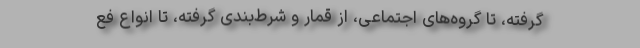
گرفته، تا گروه‌های اجتماعی، از قمار و شرط‌بندی گرفته، تا انواع فع